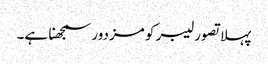
پہلا تصور لیبر کو مزدور سمجھنا ہے۔